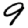
Digit: 9